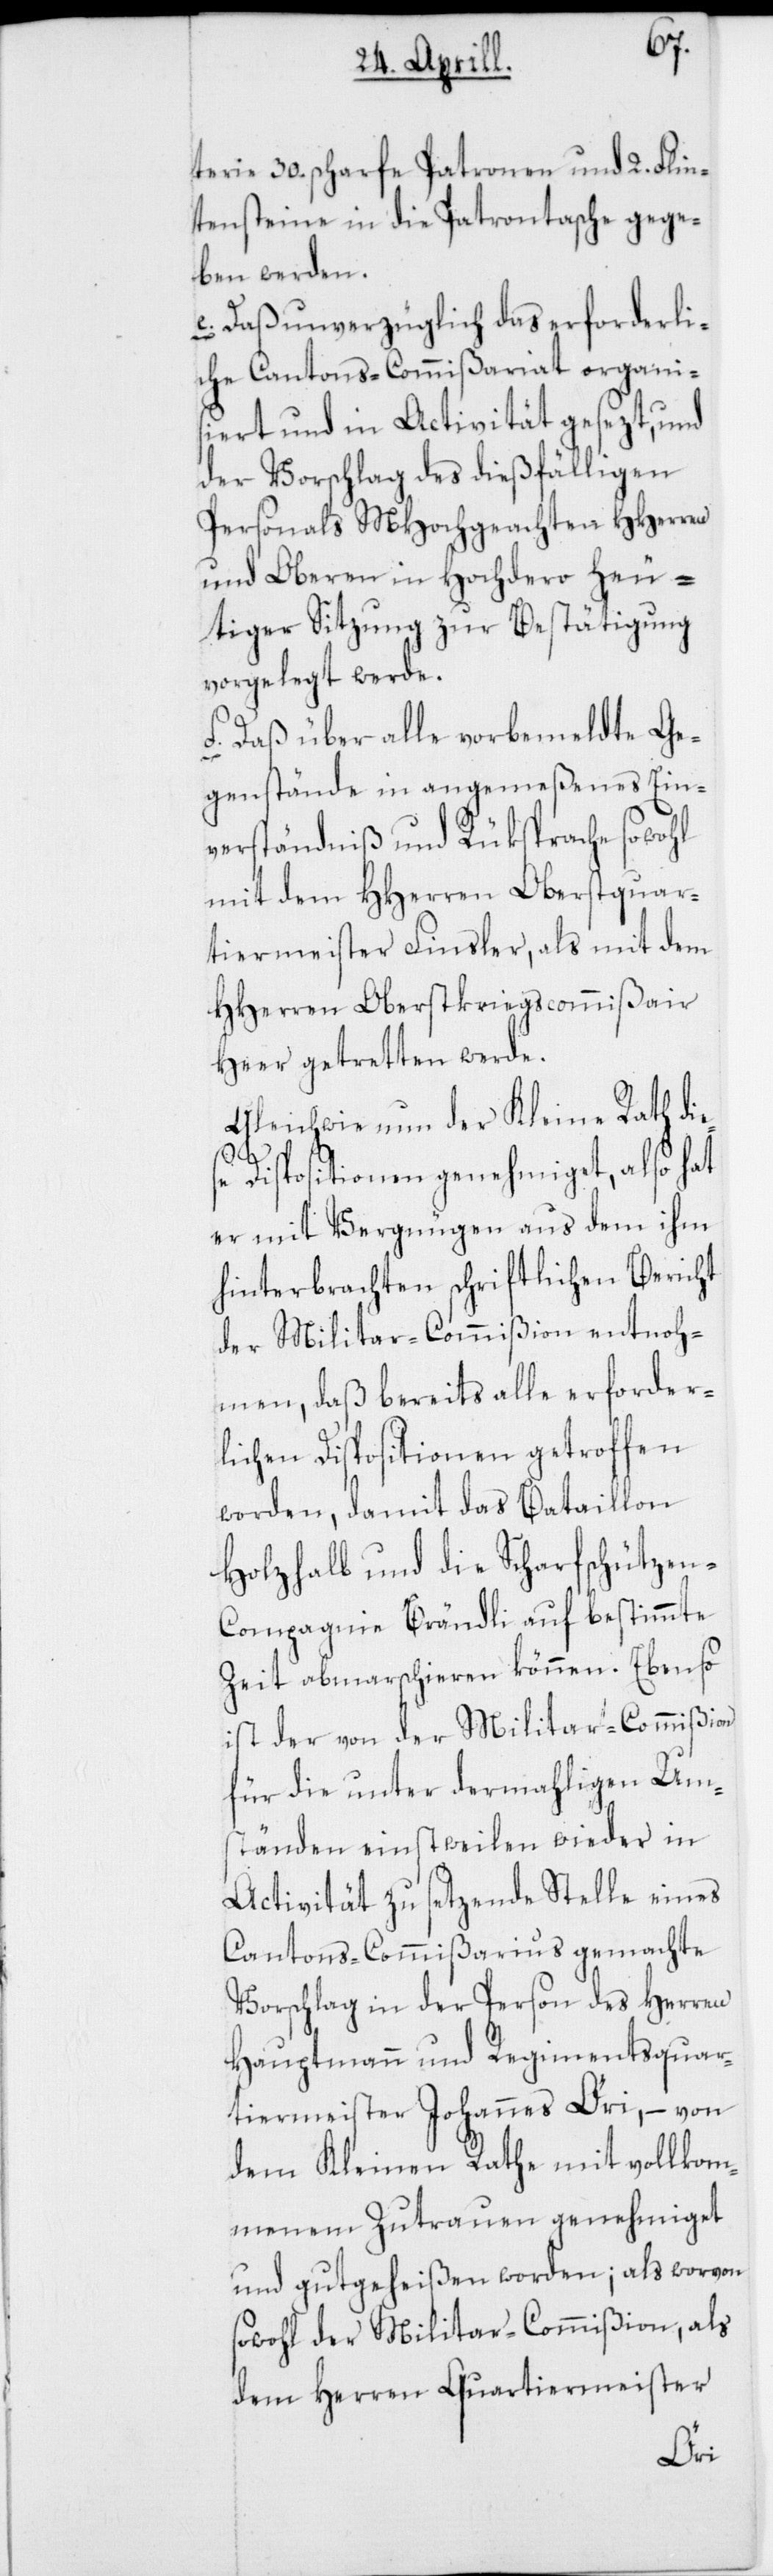
terie 30. scharfe Patronen und 2. Flin¬
tensteine in die Patronentasche gege¬
ben werden.
e. Daß unverzüglich das erforderli¬
che Cantons-Commißariat organis¬
iert und in Activität gesezt, und
der Vorschlag des dießfälligen
Personals MHochgeachten HHerren
und Oberen in Hochdero heu¬
tiger Sitzung zur Bestätigung
vorgelegt werde.
f. Daß über alle vorbemeldte Ge¬
genstände in angemeßenes Ein¬
verständnis und Rüksprache sowohl
mit dem HHerren Oberstquar¬
tiermeister Finsler als mit dem
HHerren Oberstkriegscommißair
Heer getretten werde.
Gleichwie nun der Kleine Rath die¬
se Dispositionen genehmiget, also hat
er mit Vergnügen aus dem ihm
hinterbrachten schriftlichen Bericht
der Militar-Commißion entnoh¬
men, daß bereits alle erforder¬
lichen Dispositionen getroffen
worden, damit das Bataillon
Holzhalb und die Scharfschützen-C¬
ompagnie Brändli auf bestimmte
Zeit abmarschieren können. Ebenso
ist der von der Militar-Commißion
für die unter dermahligen Um¬
ständen einstweilen wieder in
Activität zu setzende Stelle eines
Cantons-Commißarius gemachte
Vorschlag in der Person des Herren
Hauptmann und Regimentsquar¬
tiermeister Johannes Öri, – von
dem Kleinen Rathe mit vollkom¬
menem Zutrauen genehmiget
und gutgeheißen worden; als worvon
sowohl der Militar-Commißion als
dem Herren Quartiermeister